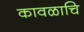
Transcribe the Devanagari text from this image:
कावळाचि